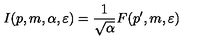
I ( p , m , \alpha , \varepsilon ) = \frac { 1 } { \sqrt { \alpha } } F ( p ^ { \prime } , m , \varepsilon )